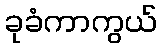
ခုခံကာကွယ်